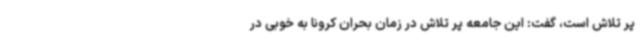
پر تلاش است، گفت: این جامعه پر تلاش در زمان بحران کرونا به خوبی در